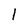
Character: l